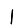
Digit: 1